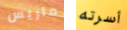
ماريس أسرته